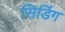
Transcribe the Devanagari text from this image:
सिडिंग